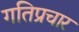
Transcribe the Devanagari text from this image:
गतिप्रचार